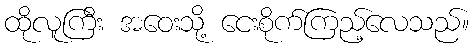
ထိုလူကြီး အဝေးသို့ ငေးစိုက်ကြည့်လေသည်။